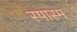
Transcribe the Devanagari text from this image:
स्पास्म